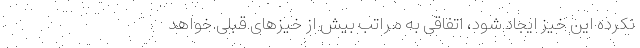
نکرده این خیز ایجاد شود، اتفاقی به مراتب بیش از خیزهای قبلی خواهد